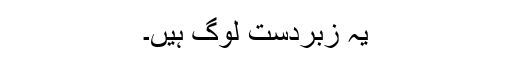
یہ زبردست لوگ ہیں۔